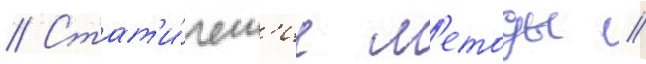
// Стат'и́ческ'ие м'етоды //